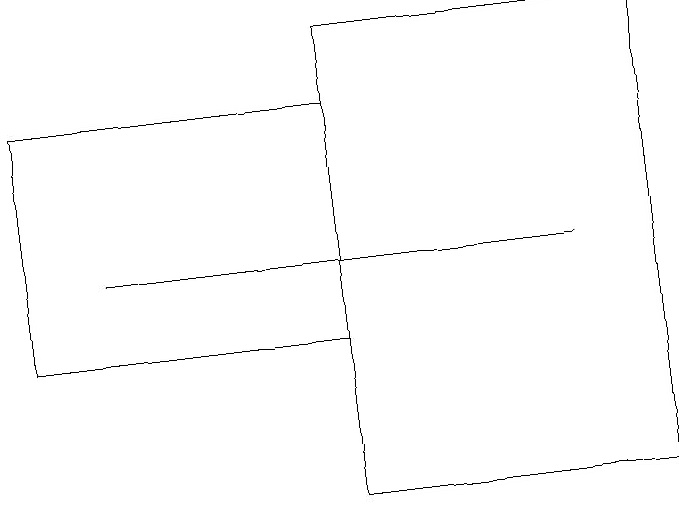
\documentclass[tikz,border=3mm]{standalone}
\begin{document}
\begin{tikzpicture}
\draw (7,14) rectangle (1,14);
\draw (8,11) rectangle (4,17);
\draw (4,16) rectangle (0,13);
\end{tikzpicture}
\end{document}